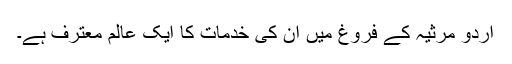
اردو مرثیہ کے فروغ میں ان کی خدمات کا ایک عالم معترف ہے۔